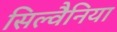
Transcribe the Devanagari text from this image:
सिल्वैनिया